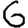
Digit: 6